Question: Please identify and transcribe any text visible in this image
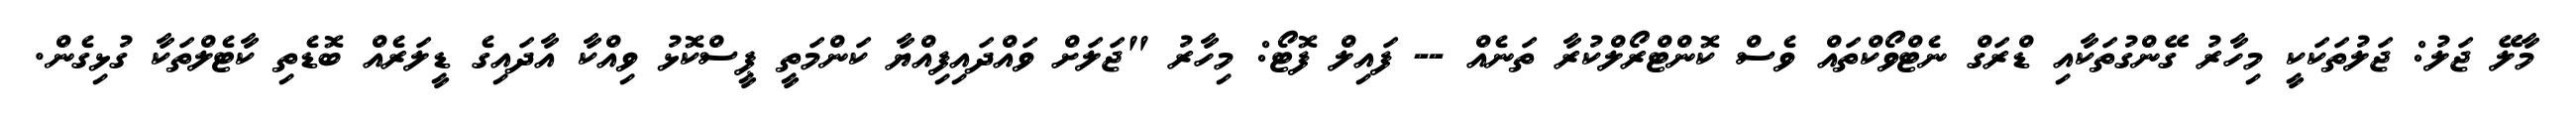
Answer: މާލޭ ޖަލު: ޖަލުތަކަކީ މިހާރު ގޭންގުތަކާއި ޑްރަގް ނެޓްވޯކްތައް ވެސް ކޮންޓްރޯލްކުރާ ތަނެއް -- ފައިލް ފޮޓޯ: މިހާރު "ޖަލަށް ވައްދައިފިއްޔާ ކަންމަތީ ޕީސްކޮޅު ވިއްކާ އާދައިގެ ޑީލަރެއް ބޮޑެތި ކާޓެލްތަކާ ގުޅިގެން.